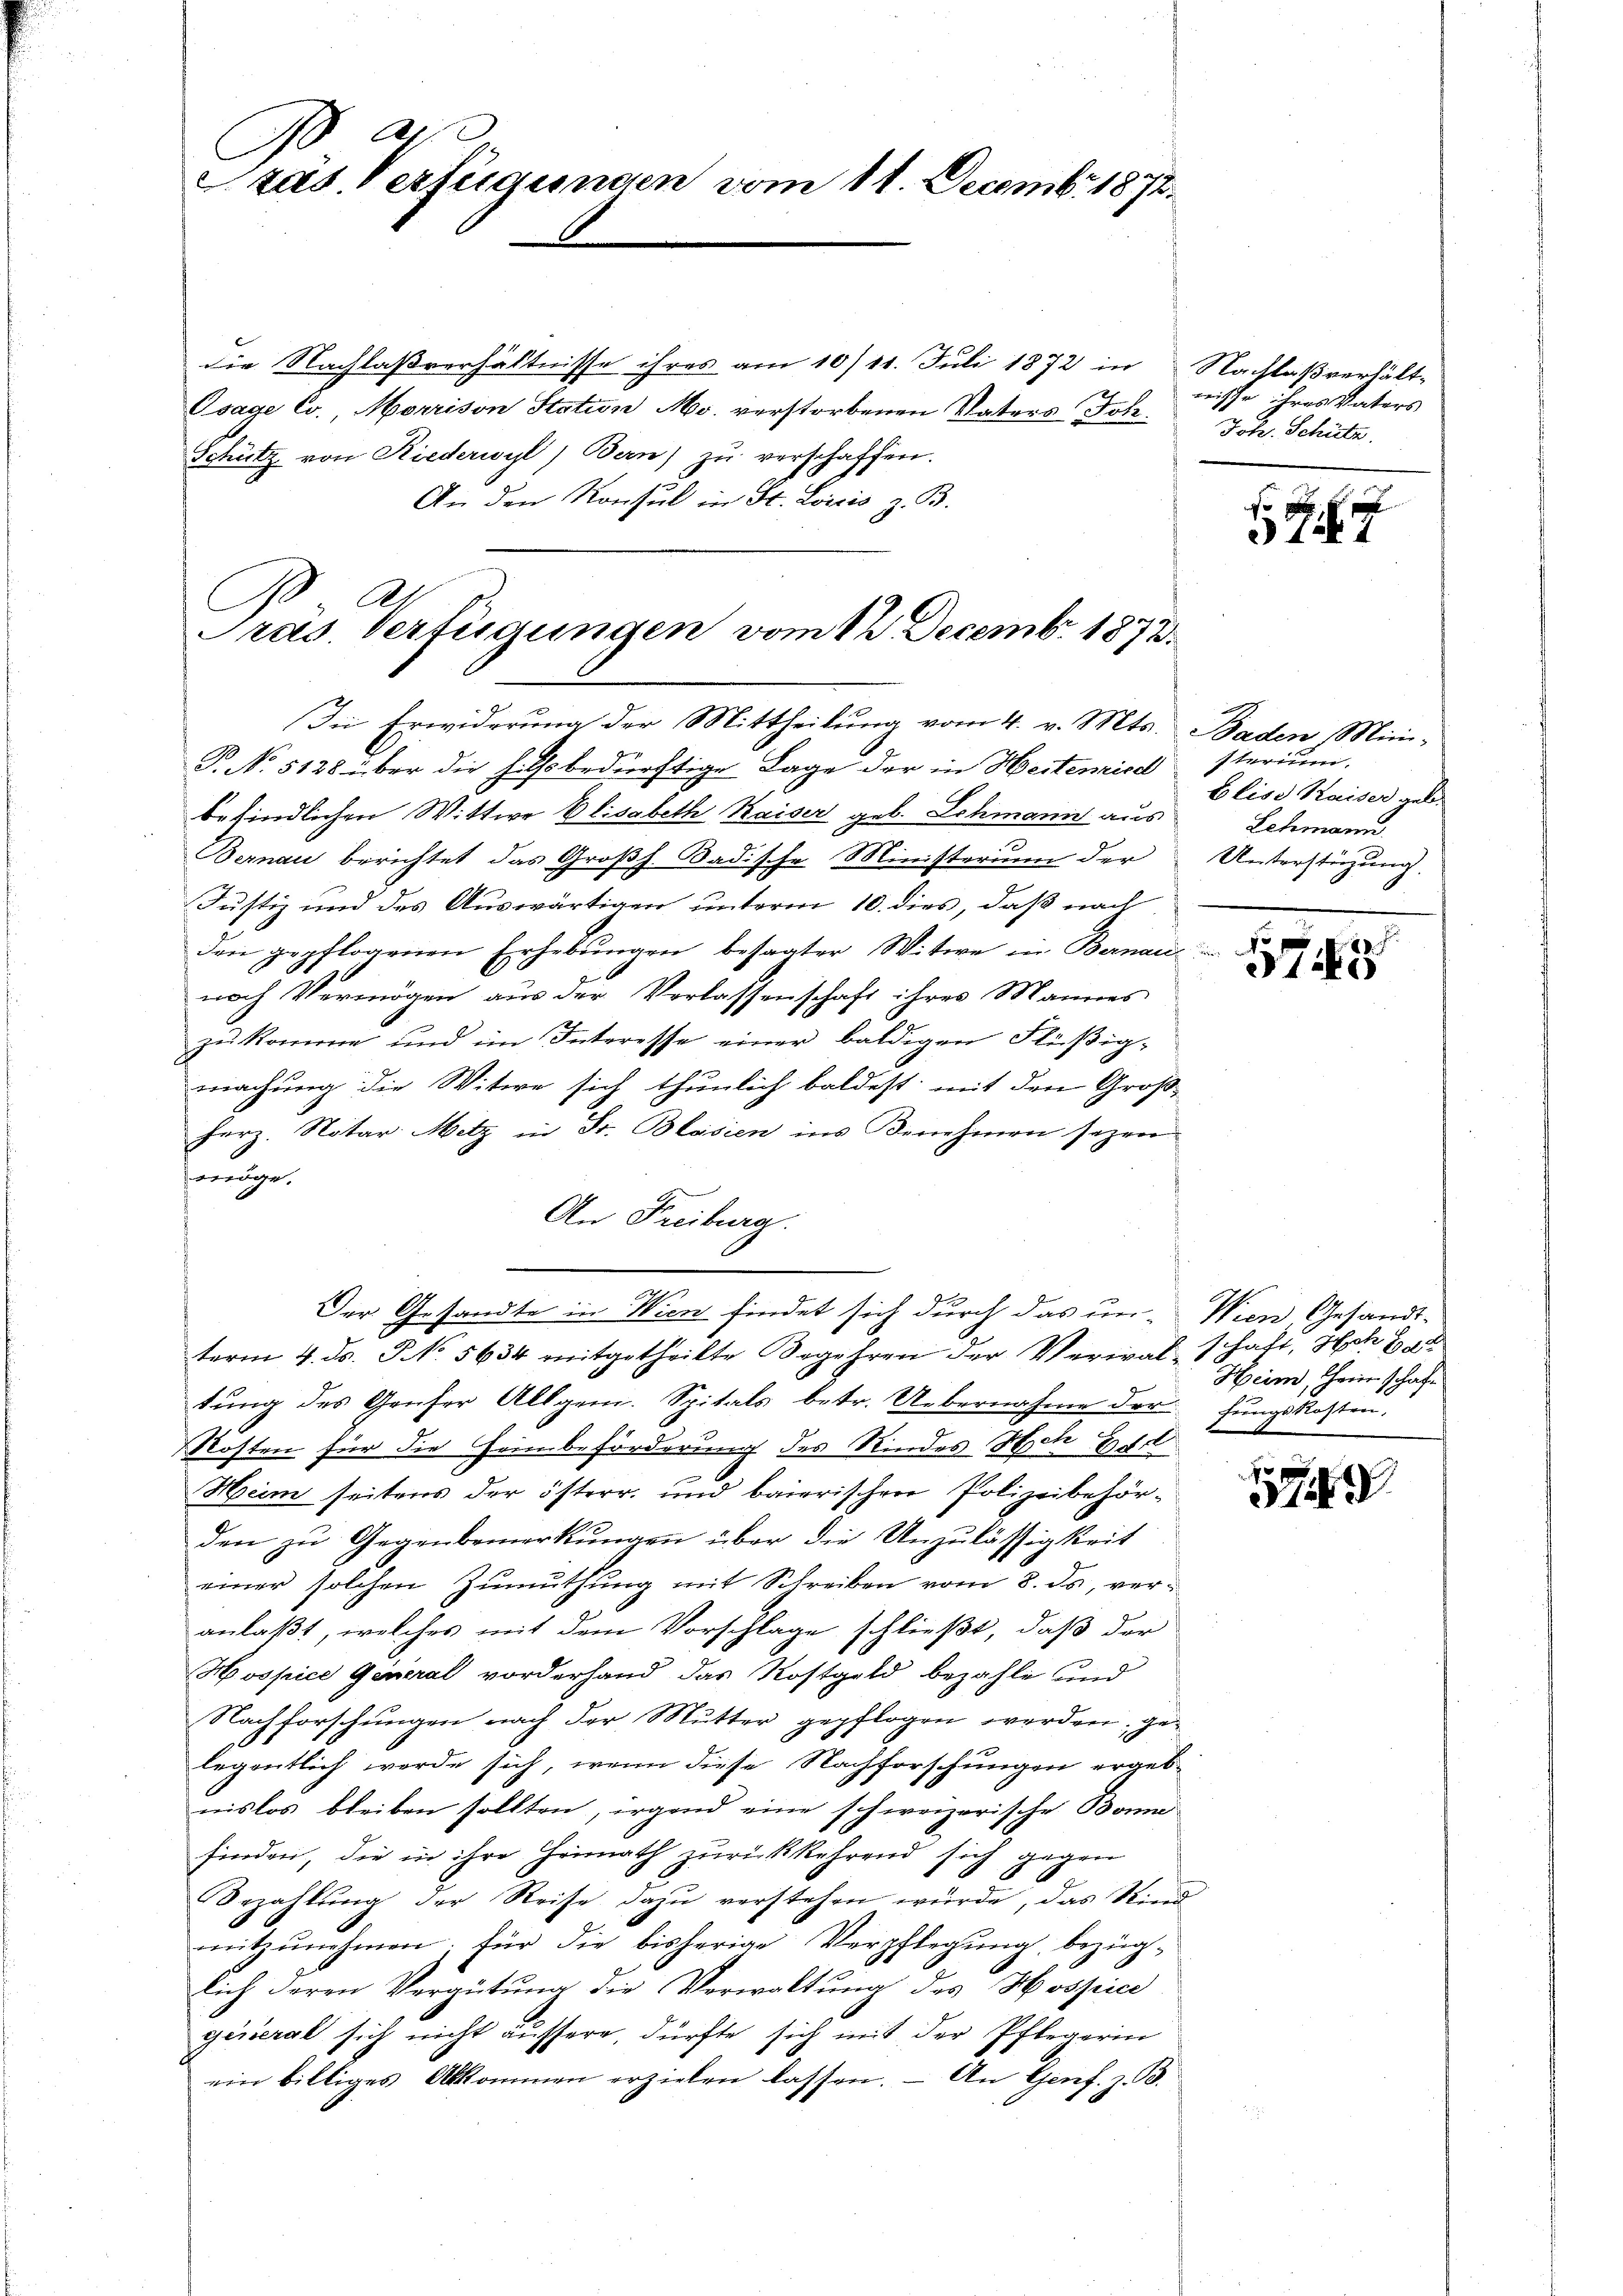
.
tad. Verfügungen vom 11. Decemb. 1872.

die Nachlaßverhältnisse ihres am 10/11. Juli 1872 in
Gsage Co., Morrison Station M. verstorbenen Vaters Joh
Schütz von Riederwyl, Bern) zu verschaffen.
An den Konsul in St. Loicis z. B.

Präs. Verfügungen vom 12. Decemb. 1873.

P. N. 5138 über die hilfsbedürftige Lage der in Heitenzisch sterium.
befindlichen Wittwe Elisabeth Kaiser geb. Schmann aus
Bernau berichtet das Großh. Badische Ministerium der Unterstüzung.
Justiz und des Auswärtigen unterm 10. dies, daß nach
den gepflogenen Erhebungen besagter Witwe in Bernau
nach Vermögen aus der Verlassenschaft ihres Mannes
zu komme und im Interesse einer baldigen Flüßigmachung die Witwe sich thunlich baldest mit den Groß-
herz. Notar Metz in St. Blasien ins Benehmen sezen
wöge.
An Freiburg.
term 4. ds. J No. 5634 mitgetheilte Begehren der Verwalschaft, Hch. Ba
tung des Grufer Allgem. Spitals betr. Uebernahme der hungskosten.
Rosten für die Heinbeförderung des Kindes Hch. Er
Heim seitens der österr. und baierischer Polizeibehörden zŭ Gegenbemerkŭngen über die Unzulässigkeit
einer solchen Zumuthung mit Schreiben vom 8. ds, veranlaßt, welches mit dem Vorschlage schließt, daß der
Hospice General vorderhand das Rostgeld bezahle und
Nachforschungen nach der Mutter gepflogen werden, gelegentlich werde sich, wenn diese Nachforschungen ergeb-
nislos bleiben sollten, irgend eine schweizerische Bone
finden, die in ihre Heimath zurückkehrend sich gegen
6
Bezahlung der Reise dazu verstehen würde, das Kind
mitzunehmen; für die bisherige Verpflegung bezüg-
lich deren Vergütŭng die Verwaltŭng des Hospice
geiserat sich nicht äussere, dürfte sich mit der Pflegerin
ein billiges Abkommen erzielen lassen. - An Genf. z. B.

In Erwiderung der Mittheilung vom 4. v. Mts. Baden, Mini-

Der Gesandte in Wien findet sich durch das un- Wien, Gesandt¬

Nachlaßverhältnisse ihres Vaters
Joh. Schütz

2 f. 1

Elise Kaiser geb.
Lehmann.

145

Heim, Herrschaft

1